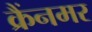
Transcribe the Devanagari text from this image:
क्रैंनमर